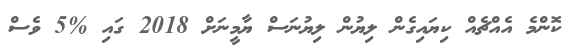
ކޮންމެ އެއްޗެއް ކިޔައިގެން ލިޔުން ލިޔުނަސް ޔާމީނަށް 2018 ގައި %5 ވެސް